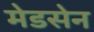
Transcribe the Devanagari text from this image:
मेडसेन